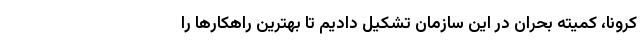
کرونا، کمیته بحران در این سازمان تشکیل دادیم تا بهترین راهکارها را